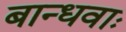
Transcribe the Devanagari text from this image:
बान्धवाः